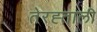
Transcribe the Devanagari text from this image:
तेरह्ताली